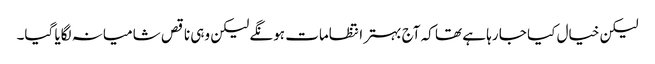
لیکن خیال کیا جا رہا ہے تھا کہ آج بہتر انتظامات ہونگے لیکن وہی ناقص شامیانہ لگایا گیا۔